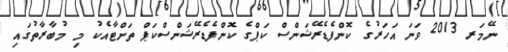
ނޭމަރ 2013 ވަނަ އަހަރުގެ ކޮންފެޑެރޭޝަންސް ކަޕްގެ ކޮންފެޑެރޭޝަންސްކަޕް ތަށްޓާއެކު މި މުބާރާތުގައި